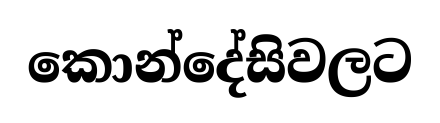
කොන්දේසිවලට